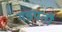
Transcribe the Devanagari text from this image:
गडपती